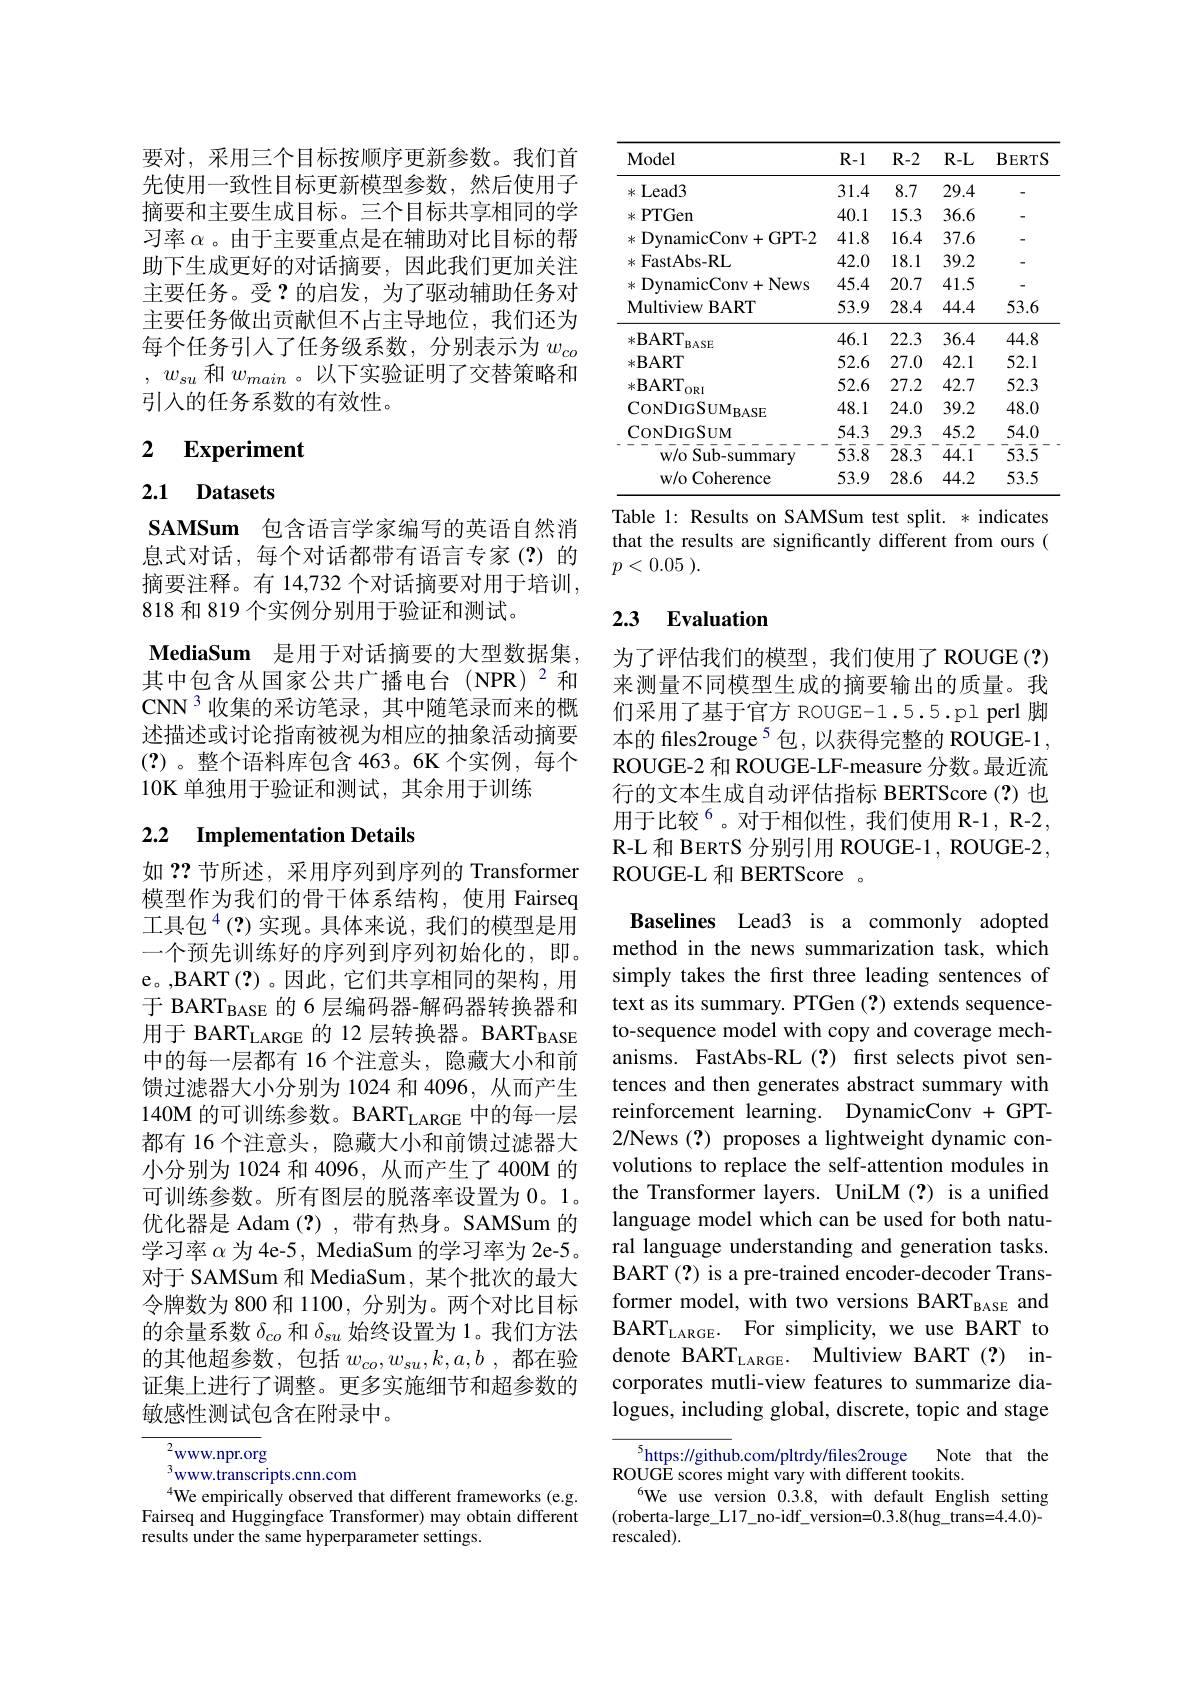
要对，采用三个目标按顺序更新参数。我们首先使用一致性目标更新模型参数，然后使用子摘要和主要生成目标。三个目标共享相同的学习率$\alpha$ 。由于主要重点是在辅助对比目标的帮助下生成更好的对话摘要，因此我们更加关注主要任务。受？的启发，为了驱动辅助任务对主要任务做出贡献但不占主导地位，我们还为每个任务引入了任务级系数，分别表示为$w_{co}$ , $w_{su}$和$w_main$ 。以下实验证明了交替策略和引入的任务系数的有效性。

# 2 Experiment

## 2.1 Datasets

SAMSum 包含语言学家编写的英语自然消息式对话，每个对话都带有语言专家(?)的摘要注释。有 14,732 个对话摘要对用于培训， 818 和 819 个实例分别用于验证和测试。
MediaSum 是用于对话摘要的大型数据集， 其中包含从国家公共广播电台(NPR)$^{2}$和CNN 3 收集的采访笔录，其中随笔录而来的概述描述或讨论指南被视为相应的抽象活动摘要(?)。整个语料库包含 463。6K 个实例，每个10K 单独用于验证和测试，其余用于训练

## 2.2 Implementation Details

如？?节所述，采用序列到序列的 Transformer 模型作为我们的骨干体系结构，使用 Fairseq 工具包$^{4}($?)实现。具体来说，我们的模型是用一个预先训练好的序列到序列初始化的，即。e。,BART(?)。因此，它们共享相同的架构，用于 BART$_{\mathrm{BASE}}$的6层编码器-解码器转换器和用于 BART$_\mathrm{LARGE}$的 12 层转换器。BART$_\mathrm{BASE}$ 中的每一层都有 16 个注意头，隐藏大小和前馈过滤器大小分别为 1024 和 4096, 从而产生140M 的可训练参数。BART$_\mathrm{LARGE}$中的每一层都有 16 个注意头，隐藏大小和前馈过滤器大小分别为 1024 和 4096, 从而产生了 400M 的可训练参数。所有图层的脱落率设置为0。1。优化器是 Adam (?),带有热身。SAMSum 的学习率$\alpha$为 4e-5, MediaSum 的学习率为 2e-5。对于 SAMSum 和 MediaSum, 某个批次的最大令牌数为 800 和 1100, 分别为。两个对比目标的余量系数$\delta_{co}$和$\delta_{su}$始终设置为 1。我们方法的其他超参数，包括$w_co,w_{su},k,a,b$都在验证集上进行了调整。更多实施细节和超参数的敏感性测试包含在附录中。

${}^{2}$www.npr.org
$^{3}$www.transcripts.cnn.com
$^{4}$We empirically observed that different frameworks(e.g. Fairseq and Huggingface Transformer) may obtain different results under the same hyperparameter settings.

<table>
	<tbody>
		<tr>
			<th>Model</th>
			<th>$R-1$</th>
			<th>$R-2$</th>
			<th>$R-L$</th>
			<th>$\mathbf{BERTS}$</th>
		</tr>
		<tr>
			<td>Lead3 米</td>
			<td>31.4</td>
			<td>8.7</td>
			<td>29.4</td>
			<td> </td>
		</tr>
		<tr>
			<td>*PTGen</td>
			<td>40.1</td>
			<td>15.3</td>
			<td>36.6</td>
			<td> </td>
		</tr>
		<tr>
			<td>* DvnamicConv+ GPT- 2</td>
			<td>41.8</td>
			<td>16.4</td>
			<td>37.6</td>
			<td> </td>
		</tr>
		<tr>
			<td>* FastAbs- RL</td>
			<td>42.0</td>
			<td>18.1</td>
			<td>39.2</td>
			<td> </td>
		</tr>
		<tr>
			<td>米 DynamicConv+ News</td>
			<td>45.4</td>
			<td>20.7</td>
			<td>41.5</td>
			<td> </td>
		</tr>
		<tr>
			<td>Multiview BART</td>
			<td>53.9</td>
			<td>28.4</td>
			<td>44.4</td>
			<td>53.6</td>
		</tr>
		<tr>
			<td>$*\mathbf{BART}$ $BASE$</td>
			<td>46.1</td>
			<td>22.3</td>
			<td>36.4</td>
			<td>44.8</td>
		</tr>
		<tr>
			<td>$*\mathbf{BART}$</td>
			<td>52.6</td>
			<td>27.0</td>
			<td>42.1</td>
			<td>52.1</td>
		</tr>
		<tr>
			<td>$*\mathbf{B}$ART $ORI$</td>
			<td>52.6</td>
			<td>27.2</td>
			<td>42.7</td>
			<td>52.3</td>
		</tr>
		<tr>
			<td>$\mathrm{CONDIGSUM}_{\mathrm{BASE}}$</td>
			<td>48.1</td>
			<td>24.0</td>
			<td>39.2</td>
			<td>48.0</td>
		</tr>
		<tr>
			<td>CoNDIGSUM</td>
			<td>54.3</td>
			<td>29.3</td>
			<td>45.2</td>
			<td>54.0</td>
		</tr>
		<tr>
			<td>w/o Sub-summary</td>
			<td>$\bar{5}\bar{3}.\bar{8}$</td>
			<td>$\bar{28}.\bar{3}$</td>
			<td>44.1</td>
			<td>$\bar{5}\bar{3}.\bar{5}$</td>
		</tr>
		<tr>
			<td>w/o Coherence</td>
			<td>53.9</td>
			<td>28.6</td>
			<td>44.2</td>
			<td>53.5</td>
		</tr>
	</tbody>
</table>
Table 1: Results on SAMSum test split. * indicates

that the results are significantly different from ours (
$p< 0. 05$ ).

# 2.3 Evaluation

为了评估我们的模型，我们使用了ROUGE(?) 来测量不同模型生成的摘要输出的质量。我们采用了基于官方 ROUGE-1.5.5.pl perl 脚本的 files2rouge $^{5}$包，以获得完整的 ROUGE-1 , ROUGE-2 和 ROUGE-LF-measure 分数。最近流行的文本生成自动评估指标 BERTScore(?)也用于比较$^6$。对于相似性，我们使用 R-1, R-2, R-L 和 BERTS 分别引用 ROUGE-1 , ROUGE-2, ROUGE-L 和 BERTScore 。

Baselines Lead3 is a commonly adopted method in the news summarization task, which simply takes the frst three leading sentences of text as its summary. PTGen (?) extends sequenceto-sequence model with copy and coverage mechanisms. FastAbs-RL(?) first selects pivot sentences and then generates abstract summary with reinforcement learning. DynamicConv + GPT- 2/News (?) proposes a lightweight dynamic convolutions to replace the self-attention modules in the Transformer layers. UniLM (?) is a unified language model which can be used for both natural language understanding and generation tasks. BART (?) is a pre-trained encoder-decoder Transformer model, with two versions BART$_\mathrm{BASE}$ and BART$_\mathrm{LARGE}.$ For simplicity, we use BART to denote BART$_\mathrm{LARGE}.$ Multiview BART(?) incorporates mutli-view features to summarize dialogues, including global, discrete, topic and stage

$\overline{{^5\text{https:}//\text{githu}}}$b.com/pltrdy/files2rouge Note that the
ROUGE scores might vary with different tookits.
$^{6}$We use version 0.3.8, with default English setting (roberta-large\_L17\_no-idf\_version=0.3.8(hug\_trans=4.4.0)- rescaled).